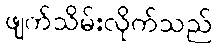
ဖျက်သိမ်းလိုက်သည်